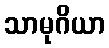
သာမုဂိယာ